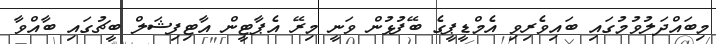
މިބައްދަލުވުމުގައި ބައިވެރިވި އެމްޑީޕީގެ ބޭފުޅުން ވަނީ މިރޭ އެޕާޓީން އާޓިފިޝަލް ބީޗުގައި ބާއްވާ